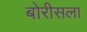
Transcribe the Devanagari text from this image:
बोरीसला